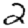
Digit: 2